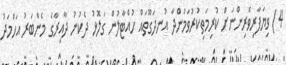
4) ވިޔަފާރިވެރިންނަށް ކުރިމަތިކުރުވަމުންދާ އުނދަގޫތައް ހުއްޓާލުން ގަލޮޅު ދެކުނު ދާއިރާގެ މެންބަރު އަހްމަދު